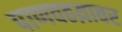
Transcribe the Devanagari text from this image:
पाणवठय़ावर